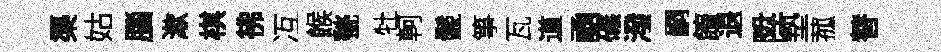
渠姑腦漱棋彿冱餱甃牡軻鬛箏瓦道凾碾潑嗣饘退陞墊菰替